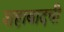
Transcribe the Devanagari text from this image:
शहाबादची